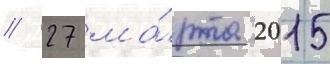
// 27 ма́рта 2015